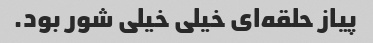
پیاز حلقه‌ای خیلی خیلی شور بود.